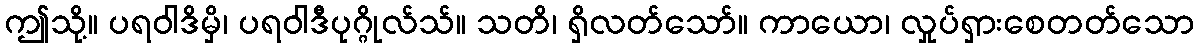
ဤသို့။ ပရဝါဒိမှိ၊ ပရဝါဒီပုဂ္ဂိုလ်သ်။ သတိ၊ ရှိလတ်သော်။ ကာယော၊ လှုပ်ရှားစေတတ်သော